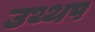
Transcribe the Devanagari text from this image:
उथ्थप